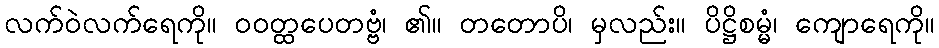
လက်ဝဲလက်ရေကို။ ဝဝတ္ထပေတဗ္ဗံ၊ ၏။ တတောပိ၊ မှလည်း။ ပိဋ္ဌိစမ္မံ၊ ကျောရေကို။